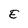
Character: E